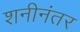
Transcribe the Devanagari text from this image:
शनीनंतर